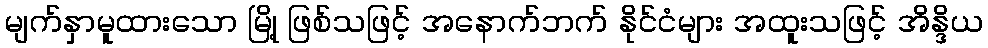
မျက်နှာမူထားသော မြို့ ဖြစ်သဖြင့် အနောက်ဘက် နိုင်ငံများ အထူးသဖြင့် အိန္ဒိယ